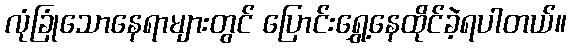
လုံခြုံသောနေရာများတွင် ပြောင်းရွှေ့နေထိုင်ခဲ့ရပါတယ်။